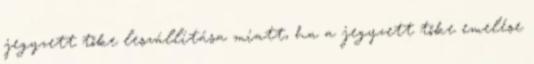
jegyzett tőke leszállítása miatt, ha a jegyzett tőke emelése